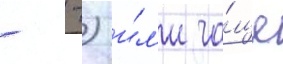
- -) и́л'и ча́ще